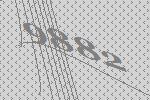
9882